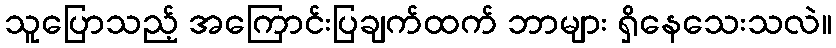
သူပြောသည့် အကြောင်းပြချက်ထက် ဘာများ ရှိနေသေးသလဲ။